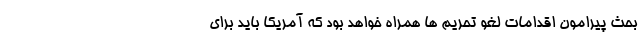
بحث پیرامون اقدامات لغو تحریم ها همراه خواهد بود که آمریکا باید برای